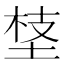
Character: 𡍁